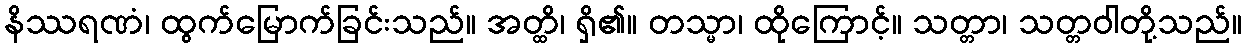
နိဿရဏံ၊ ထွက်မြောက်ခြင်းသည်။ အတ္ထိ၊ ရှိ၏။ တသ္မာ၊ ထိုကြောင့်။ သတ္တာ၊ သတ္တဝါတို့သည်။